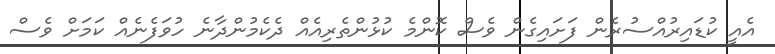
އެއީ ކުޑައިރުއްސުރެން ފަށައިގެން ވެސް ކޮންމެ ކުޅުންތެރިއެއް ދެކެމުންދާނެ ހުވަފެނެއް ކަމަށް ވެސް